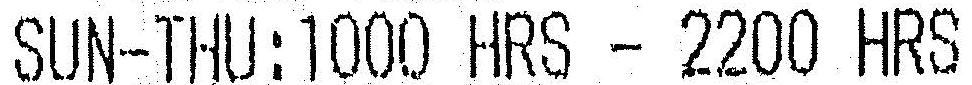
SUN-THU:1000 HRS - 2200 HRS